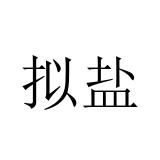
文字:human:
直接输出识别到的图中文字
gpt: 拟盐